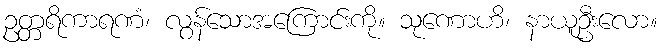
ဥတ္တရိကာရဏံ၊ လွန်သောအကြောင်းကို။ သုဏောဟိ၊ နာယူဦးလော။